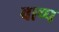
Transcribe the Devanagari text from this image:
वाष्‍प